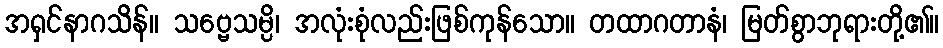
အရှင်နာဂသိန်။ သဗ္ဗေသမ္ပိ၊ အလုံးစုံလည်းဖြစ်ကုန်သော။ တထာဂတာနံ၊ မြတ်စွာဘုရားတို့၏။